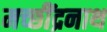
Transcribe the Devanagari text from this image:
मच्छींद्रनाथ